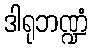
ဒါရုဘဏ္ဍံ